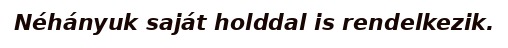
Néhányuk saját holddal is rendelkezik.